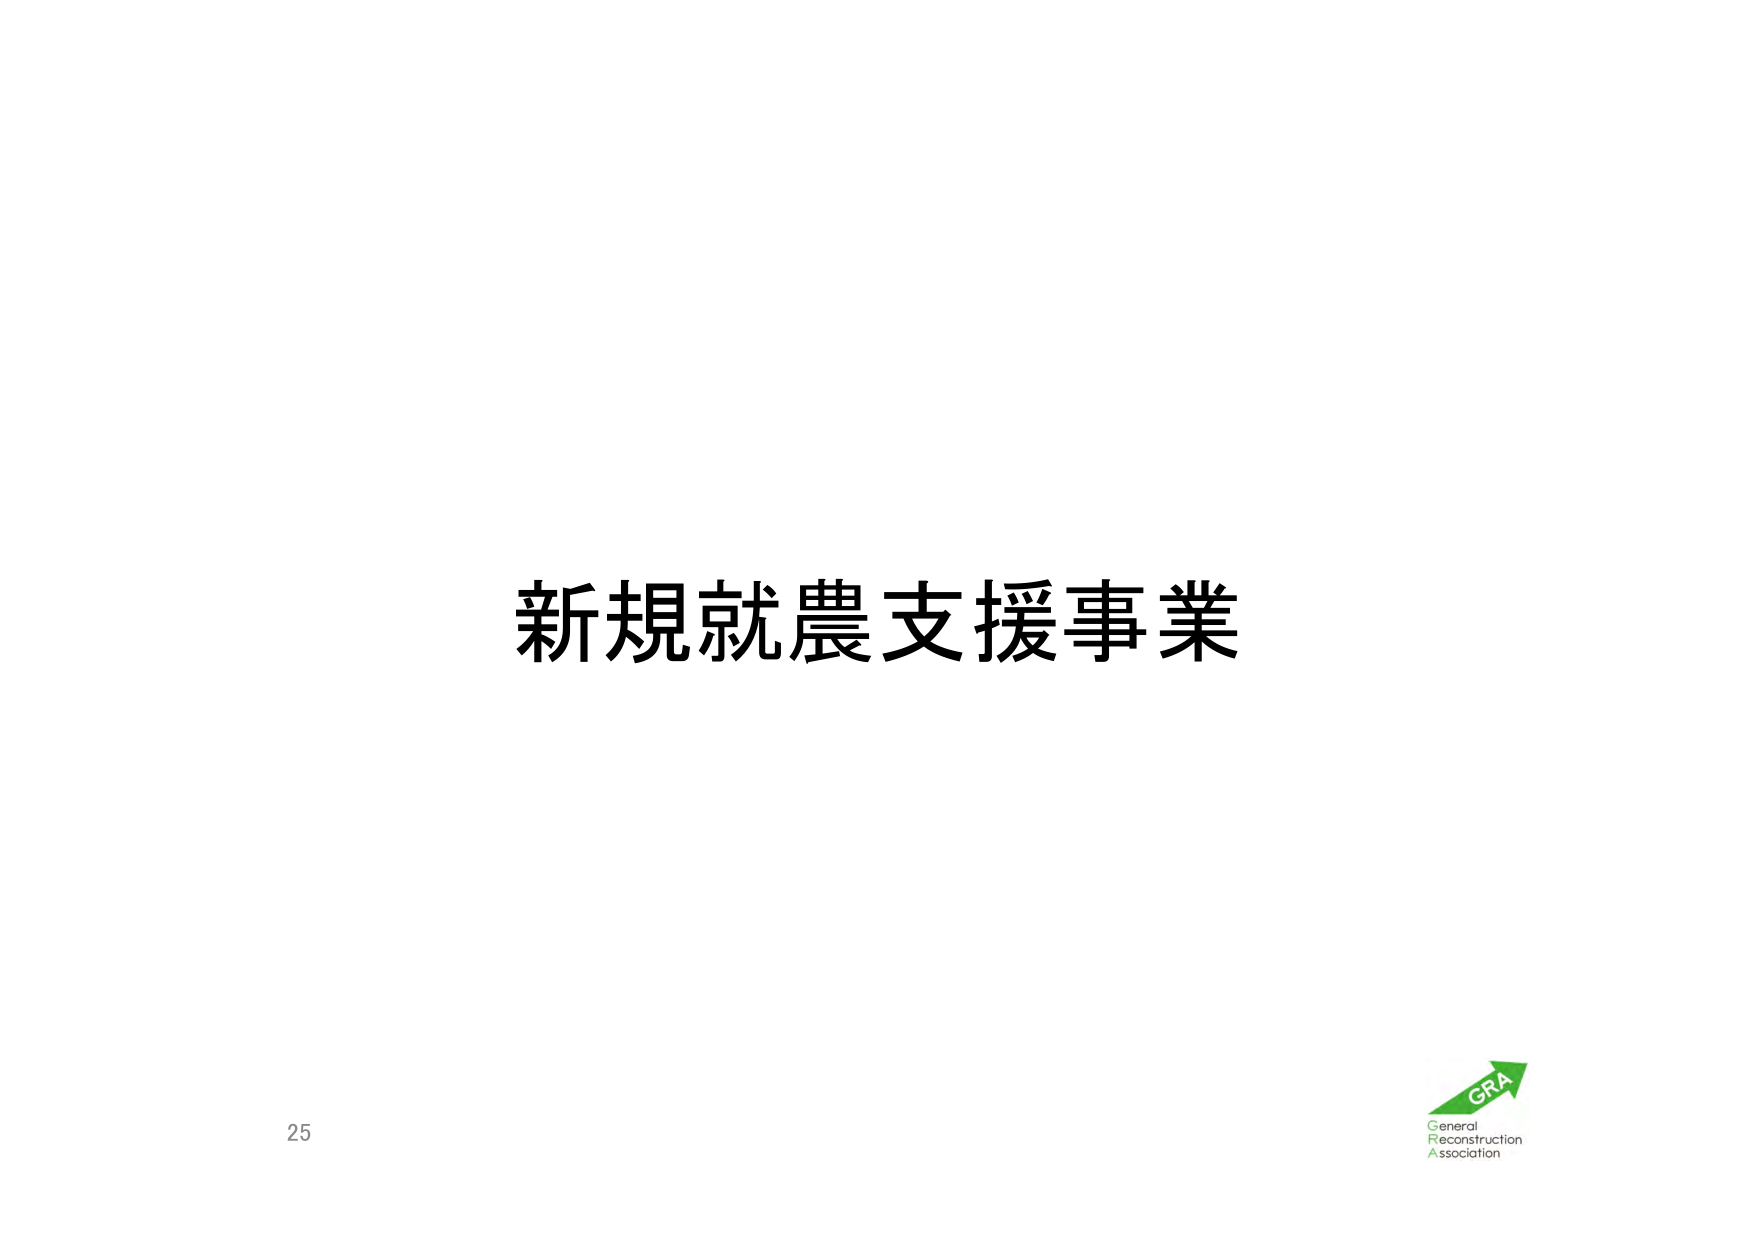
新規就農支援事業

25

GRA
General
Reconstruction
Association